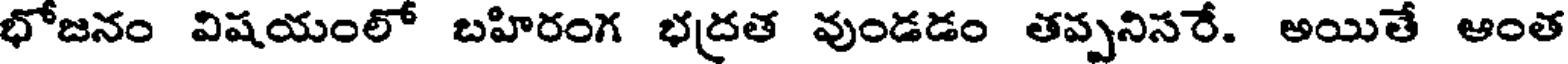
భోజనం విషయంలో బహిరంగ భద్రత వుండడం తప్పనిసరే. అయితే ఆంత